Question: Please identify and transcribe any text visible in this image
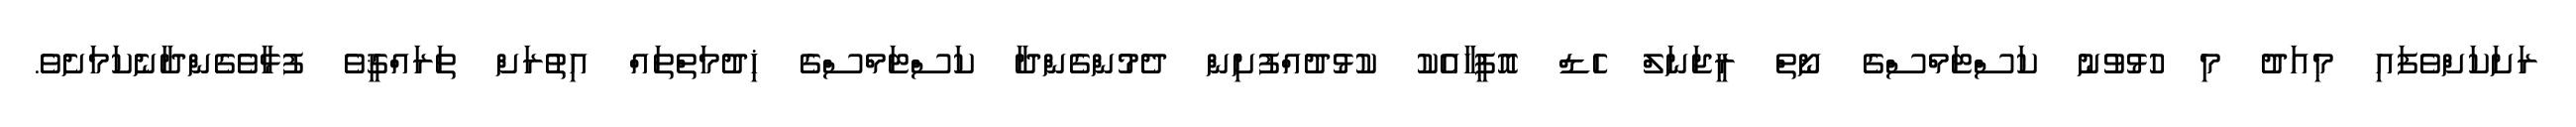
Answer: ރަށަކަށްވެފައި މިއަދު މި ހުޅުވުނު ކަސްޓަމްސްގެ ނޯތް ރީޖަނަލް ހެޑް އޮފީހާއެކު ކުޅުދުއްފުށިން ދެމުންގެންދާ ކަސްޓަމްސްގެ ޚިދުމަތްތައް އިތުރަށް ތަރައްޤީވެ ފުޅާވެގެންދާނެކަމަށެވެ.